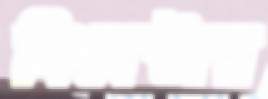
সিমেস্টার